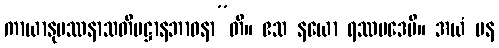
ကာယာနုပဿနာသတိပဋ္ဌာနဘာဝနာ”တိ။ ဧသ နယော ရဿပဒေပိ။ အယံ ပန